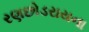
રણછોડરાયના